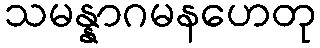
သမန္နာဂမနဟေတု